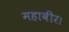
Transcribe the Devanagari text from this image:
महावीर।